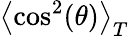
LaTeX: \left\langle\cos^{2}(\theta)\right\rangle_{T}